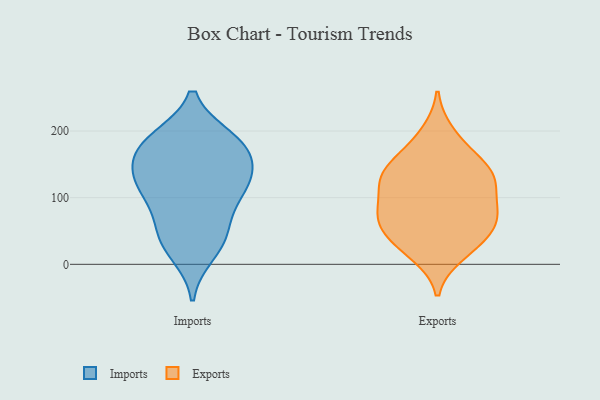
{"axis": {"x": "LTV (USD)", "y": "Value"}, "legend": ["Exports", "Imports"], "data": [{"x": "", "y": 152, "type": "Imports"}, {"x": "", "y": 100, "type": "Imports"}, {"x": "", "y": 36, "type": "Imports"}, {"x": "", "y": 185, "type": "Imports"}, {"x": "", "y": 188, "type": "Imports"}, {"x": "", "y": 156, "type": "Imports"}, {"x": "", "y": 45, "type": "Imports"}, {"x": "", "y": 17, "type": "Imports"}, {"x": "", "y": 56, "type": "Imports"}, {"x": "", "y": 117, "type": "Imports"}, {"x": "", "y": 108, "type": "Imports"}, {"x": "", "y": 121, "type": "Imports"}, {"x": "", "y": 183, "type": "Imports"}, {"x": "", "y": 179, "type": "Imports"}, {"x": "", "y": 132, "type": "Imports"}, {"x": "", "y": 120, "type": "Exports"}, {"x": "", "y": 137, "type": "Exports"}, {"x": "", "y": 74, "type": "Exports"}, {"x": "", "y": 29, "type": "Exports"}, {"x": "", "y": 127, "type": "Exports"}, {"x": "", "y": 83, "type": "Exports"}, {"x": "", "y": 50, "type": "Exports"}, {"x": "", "y": 64, "type": "Exports"}, {"x": "", "y": 76, "type": "Exports"}, {"x": "", "y": 173, "type": "Exports"}, {"x": "", "y": 16, "type": "Exports"}, {"x": "", "y": 75, "type": "Exports"}, {"x": "", "y": 32, "type": "Exports"}, {"x": "", "y": 126, "type": "Exports"}, {"x": "", "y": 148, "type": "Exports"}, {"x": "", "y": 135, "type": "Exports"}, {"x": "", "y": 196, "type": "Exports"}]}